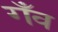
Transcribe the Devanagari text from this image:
गँव